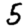
Digit: 5